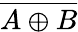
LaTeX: \overline{{A\oplus B}}